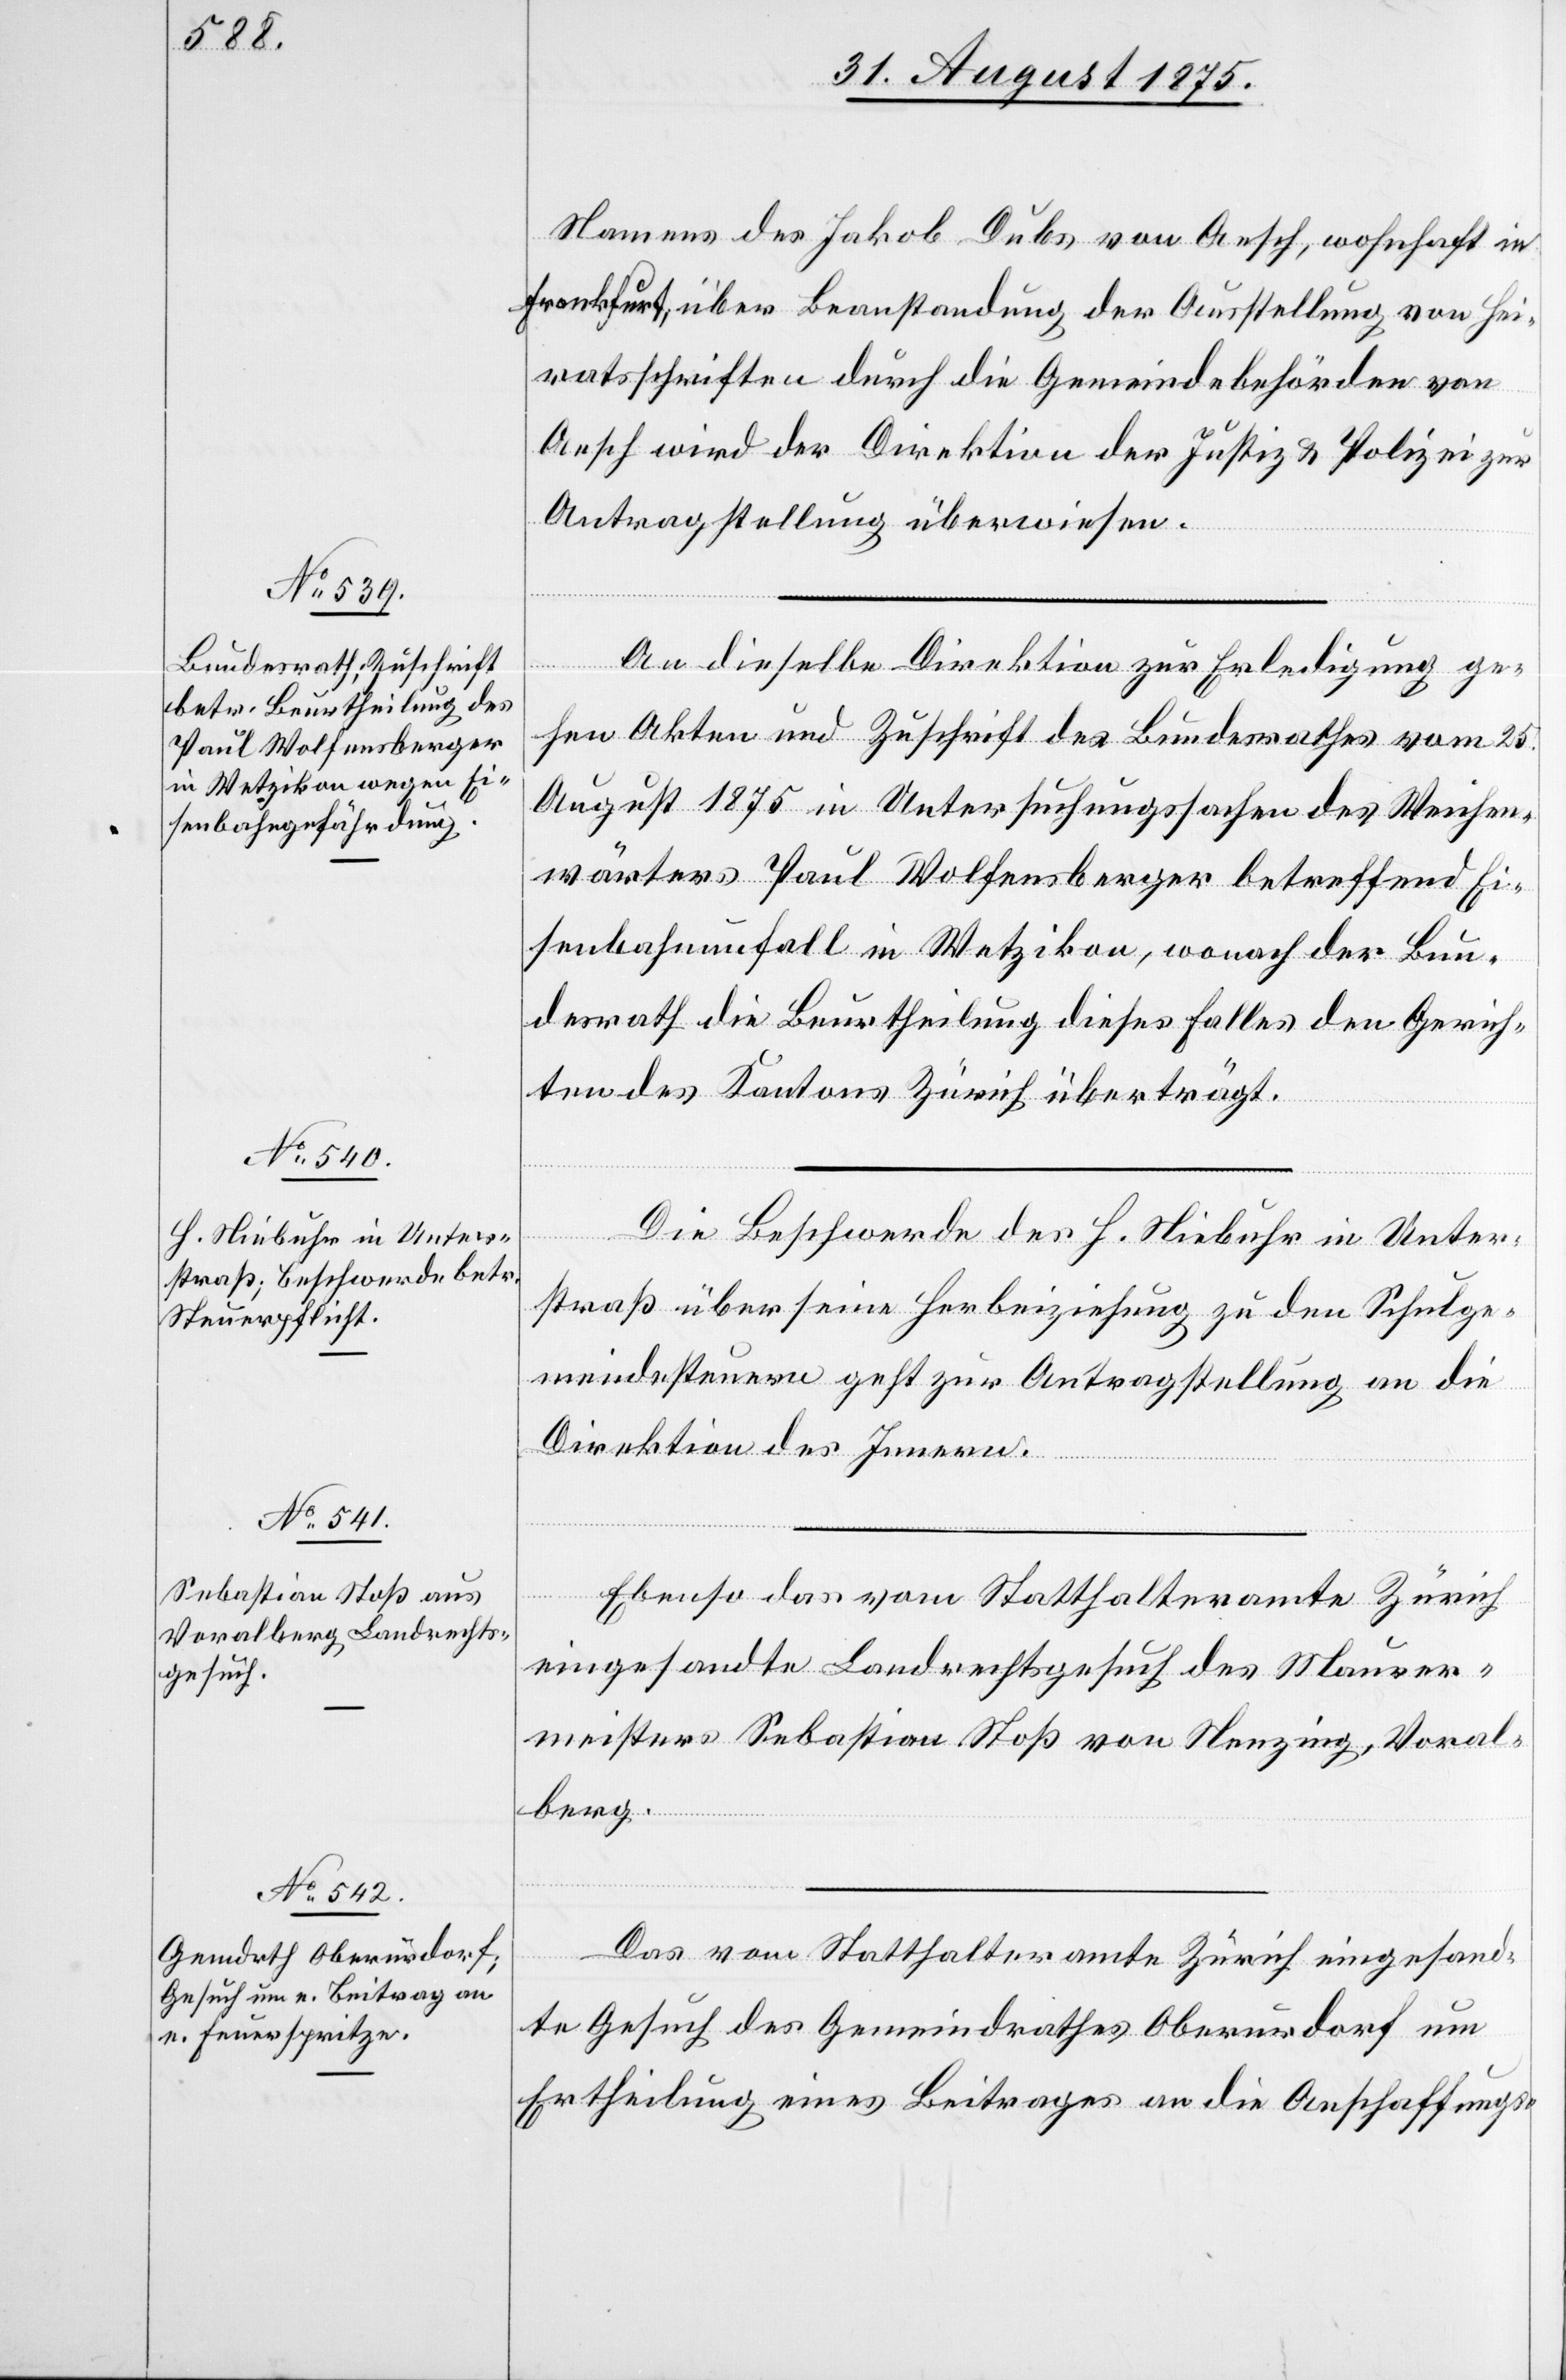
31. August 1875.]
Namens des Jakob Dubs von Aesch, wohnhaft in
Frankfurt, über Beanstandung der Ausstellung von Hei¬
ratsschriften durch die Gemeindebehörden von
Aesch wird der Direktion der Justiz & Polizei zur
Antragstellung überwiesen.
An dieselbe Direktion zur Erledigung ge¬
hen Akten und Zuschrift des Bundesrathes vom 25.
August 1875 in Untersuchungssachen des Weichen¬
wärters Paul Wolfensberger betreffend Ei¬
senbahnunfall in Wetzikon, wonach der Bun¬
desrath die Beurtheilung dieses Falles den Gerich¬
ten des Kantons Zürich überträgt.
Die Beschwerde des H. Niebuhr in Unter¬
straß über seine Herbeiziehung zu den Schulge¬
meindesteuern geht zur Antragstellung an die
Direktion des Innern.
Ebenso das vom Statthalteramte Zürich
eingesandte Landrechtsgesuch des Maurer¬
meisters Sebastian Stoß von Nenzing, Vorarl¬
berg.
Das vom Statthalteramte Zürich eingesand¬
te Gesuch des Gemeindrathes Oberurdorf um
Ertheilung eines Beitrages an die Anschaffungs-